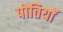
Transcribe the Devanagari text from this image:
पोतियाॅ